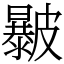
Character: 㿺